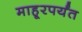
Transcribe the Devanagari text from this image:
माहूरपर्यंत